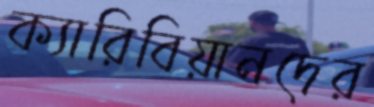
ক্যারিবিয়ানদের